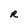
Character: R